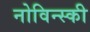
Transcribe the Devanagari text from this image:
नोविन्स्की